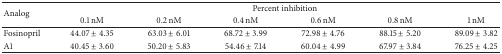
| <ROWSPAN=2> Analog | <COLSPAN=6> Percent inhibition |
 | 0.1 nM | 0.2 nM | 0.4 nM | 0.6 nM | 0.8 nM | 1 nM |
 | --- | --- | --- | --- | --- | --- | --- |
 | Fosinopril | 44.07 ± 4.35 | 63.03 ± 6.01 | 68.72 ± 3.99 | 72.98 ± 4.76 | 88.15 ± 5.20 | 89.09 ± 3.82 |
 | A1 | 40.45 ± 3.60 | 50.20 ± 5.83 | 54.46 ± 7.14 | 60.04 ± 4.99 | 67.97 ± 3.84 | 76.25 ± 4.25 |